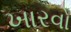
ખારવો